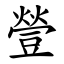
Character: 䝁